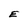
Character: E